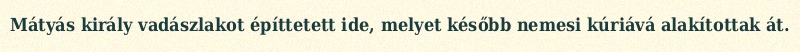
Mátyás király vadászlakot építtetett ide, melyet később nemesi kúriává alakítottak át.